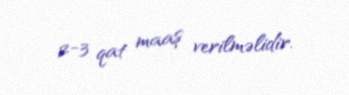
2-3 qat maaş verilməlidir.